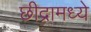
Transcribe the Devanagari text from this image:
छीद्रामध्ये